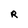
Character: R